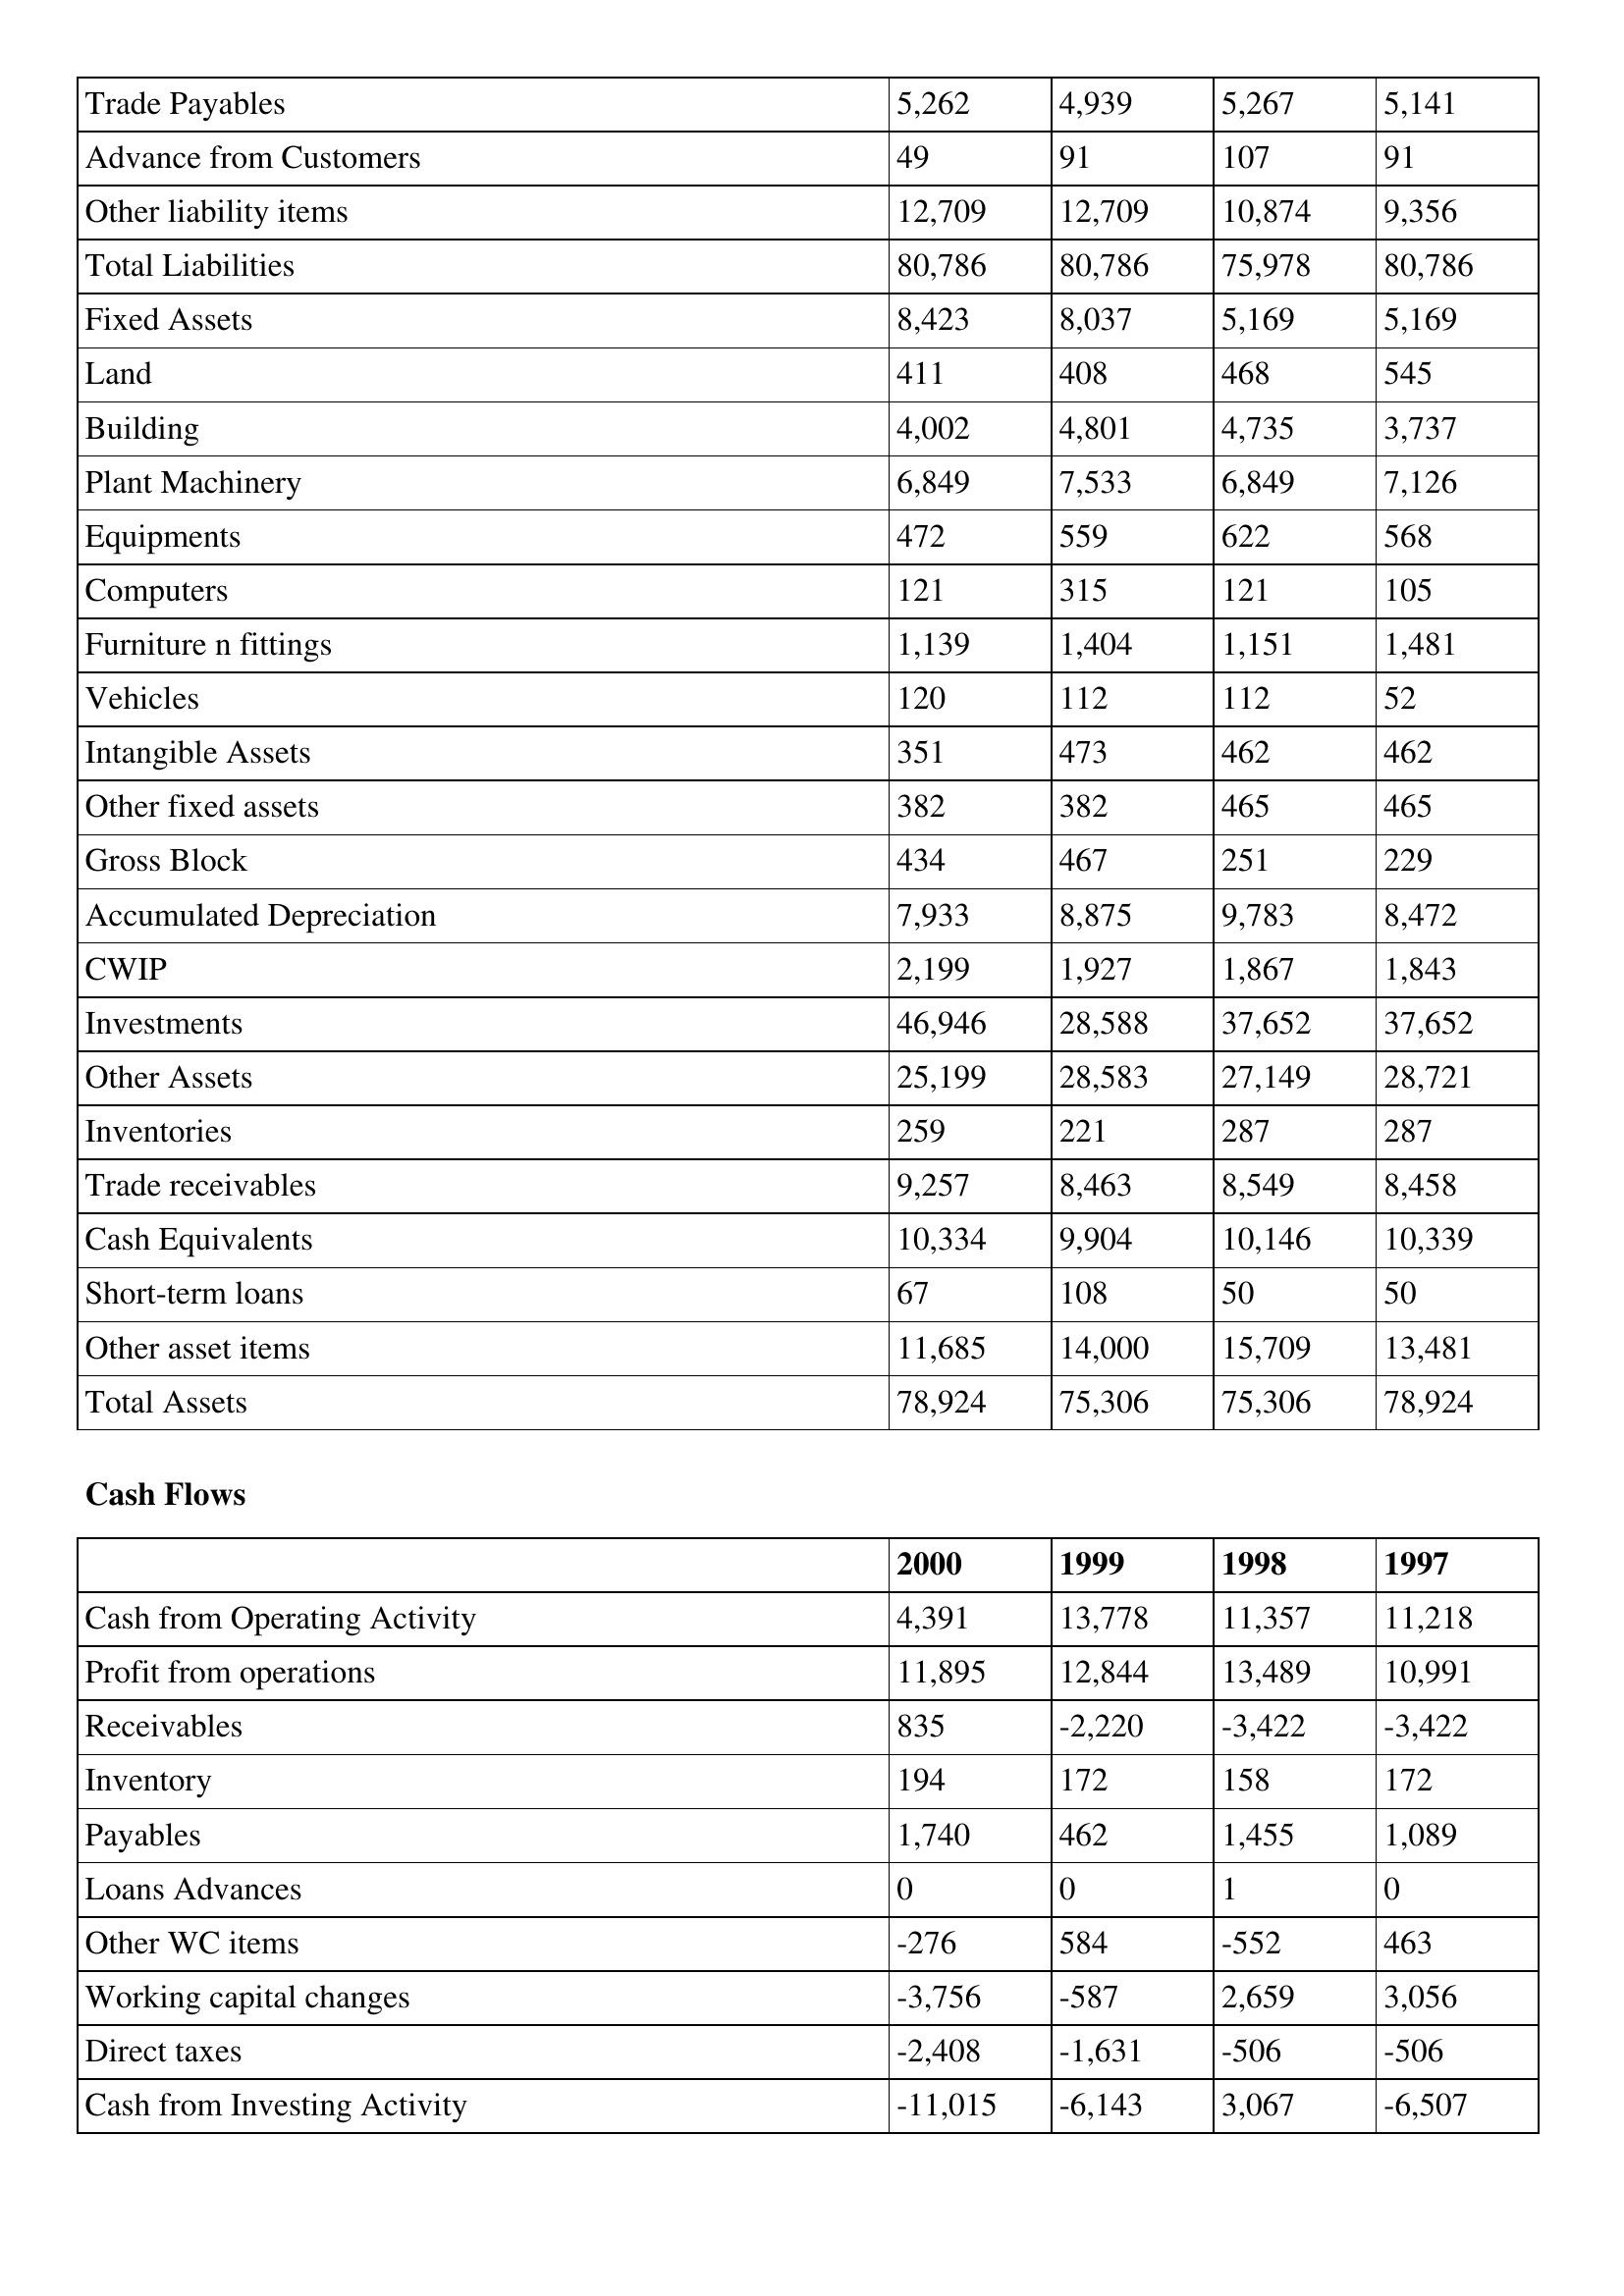
gt_parse: 2000: Balance Sheet: Trade Payables: 5,262
Advance from Customers: 49
Other liability items: 12,709
Total Liabilities: 80,786
Fixed Assets: 8,423
Land: 411
Building: 4,002
Plant Machinery: 6,849
Equipments: 472
Computers: 121
Furniture n fittings: 1,139
Vehicles: 120
Intangible Assets: 351
Other fixed assets: 382
Gross Block: 434
Accumulated Depreciation: 7,933
CWIP: 2,199
Investments: 46,946
Other Assets: 25,199
Inventories: 259
Trade receivables: 9,257
Cash Equivalents: 10,334
Short-term loans: 67
Other asset items: 11,685
Total Assets: 78,924
Cash Flows: Cash from Operating Activity: 4,391
Profit from operations: 11,895
Receivables: 835
Inventory: 194
Payables: 1,740
Loans Advances: 0
Other WC items: -276
Working capital changes: -3,756
Direct taxes: -2,408
Cash from Investing Activity: -11,015
1999: Balance Sheet: Trade Payables: 4,939
Advance from Customers: 91
Other liability items: 12,709
Total Liabilities: 80,786
Fixed Assets: 8,037
Land: 408
Building: 4,801
Plant Machinery: 7,533
Equipments: 559
Computers: 315
Furniture n fittings: 1,404
Vehicles: 112
Intangible Assets: 473
Other fixed assets: 382
Gross Block: 467
Accumulated Depreciation: 8,875
CWIP: 1,927
Investments: 28,588
Other Assets: 28,583
Inventories: 221
Trade receivables: 8,463
Cash Equivalents: 9,904
Short-term loans: 108
Other asset items: 14,000
Total Assets: 75,306
Cash Flows: Cash from Operating Activity: 13,778
Profit from operations: 12,844
Receivables: -2,220
Inventory: 172
Payables: 462
Loans Advances: 0
Other WC items: 584
Working capital changes: -587
Direct taxes: -1,631
Cash from Investing Activity: -6,143
1998: Balance Sheet: Trade Payables: 5,267
Advance from Customers: 107
Other liability items: 10,874
Total Liabilities: 75,978
Fixed Assets: 5,169
Land: 468
Building: 4,735
Plant Machinery: 6,849
Equipments: 622
Computers: 121
Furniture n fittings: 1,151
Vehicles: 112
Intangible Assets: 462
Other fixed assets: 465
Gross Block: 251
Accumulated Depreciation: 9,783
CWIP: 1,867
Investments: 37,652
Other Assets: 27,149
Inventories: 287
Trade receivables: 8,549
Cash Equivalents: 10,146
Short-term loans: 50
Other asset items: 15,709
Total Assets: 75,306
Cash Flows: Cash from Operating Activity: 11,357
Profit from operations: 13,489
Receivables: -3,422
Inventory: 158
Payables: 1,455
Loans Advances: 1
Other WC items: -552
Working capital changes: 2,659
Direct taxes: -506
Cash from Investing Activity: 3,067
1997: Balance Sheet: Trade Payables: 5,141
Advance from Customers: 91
Other liability items: 9,356
Total Liabilities: 80,786
Fixed Assets: 5,169
Land: 545
Building: 3,737
Plant Machinery: 7,126
Equipments: 568
Computers: 105
Furniture n fittings: 1,481
Vehicles: 52
Intangible Assets: 462
Other fixed assets: 465
Gross Block: 229
Accumulated Depreciation: 8,472
CWIP: 1,843
Investments: 37,652
Other Assets: 28,721
Inventories: 287
Trade receivables: 8,458
Cash Equivalents: 10,339
Short-term loans: 50
Other asset items: 13,481
Total Assets: 78,924
Cash Flows: Cash from Operating Activity: 11,218
Profit from operations: 10,991
Receivables: -3,422
Inventory: 172
Payables: 1,089
Loans Advances: 0
Other WC items: 463
Working capital changes: 3,056
Direct taxes: -506
Cash from Investing Activity: -6,507